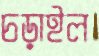
চড়াইল